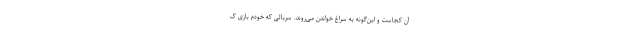
آن کجاست و این‌گونه به سراغ خواندن می‌روند. سریالی که خودم بازی ک